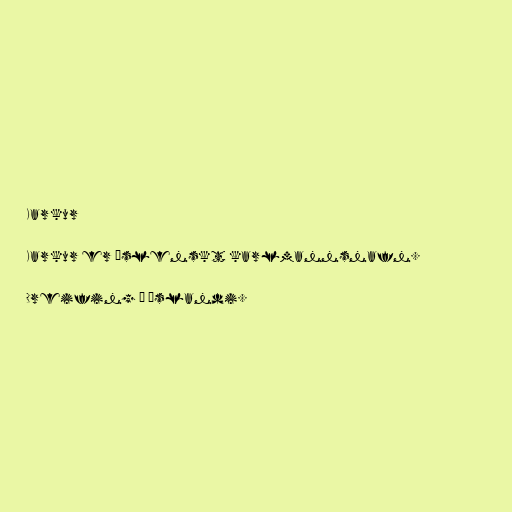
Karkur

Karkur er íslenskt karlmannsnafn.

Dreifing á Íslandi.